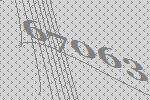
67063